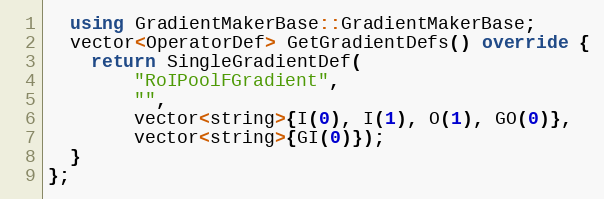
Language: C++
  using GradientMakerBase::GradientMakerBase;
  vector<OperatorDef> GetGradientDefs() override {
    return SingleGradientDef(
        "RoIPoolFGradient",
        "",
        vector<string>{I(0), I(1), O(1), GO(0)},
        vector<string>{GI(0)});
  }
};